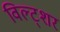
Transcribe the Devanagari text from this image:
विल्ट्शर